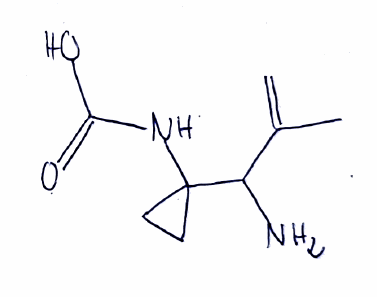
Simplified molecular-input line-entry system (SMILES) notation of the given molecule:
CC(=C)C(C1(CC1)NC(=O)O)N